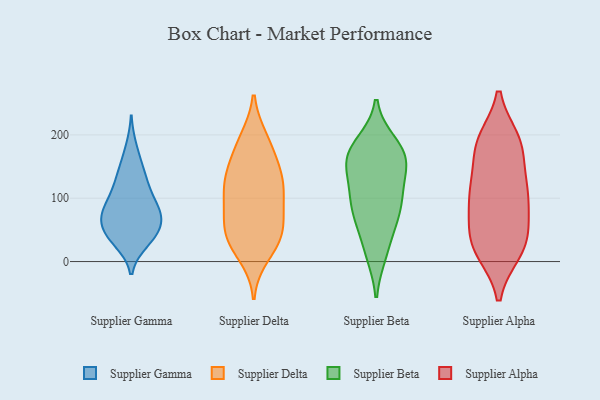
{"axis": {"x": "Headcount", "y": "Value"}, "legend": ["Supplier Alpha", "Supplier Beta", "Supplier Delta", "Supplier Gamma"], "data": [{"x": "", "y": 32, "type": "Supplier Gamma"}, {"x": "", "y": 137, "type": "Supplier Gamma"}, {"x": "", "y": 102, "type": "Supplier Gamma"}, {"x": "", "y": 71, "type": "Supplier Gamma"}, {"x": "", "y": 40, "type": "Supplier Gamma"}, {"x": "", "y": 149, "type": "Supplier Gamma"}, {"x": "", "y": 41, "type": "Supplier Gamma"}, {"x": "", "y": 78, "type": "Supplier Gamma"}, {"x": "", "y": 70, "type": "Supplier Gamma"}, {"x": "", "y": 78, "type": "Supplier Gamma"}, {"x": "", "y": 179, "type": "Supplier Gamma"}, {"x": "", "y": 70, "type": "Supplier Gamma"}, {"x": "", "y": 43, "type": "Supplier Gamma"}, {"x": "", "y": 42, "type": "Supplier Gamma"}, {"x": "", "y": 111, "type": "Supplier Gamma"}, {"x": "", "y": 125, "type": "Supplier Gamma"}, {"x": "", "y": 82, "type": "Supplier Gamma"}, {"x": "", "y": 34, "type": "Supplier Delta"}, {"x": "", "y": 128, "type": "Supplier Delta"}, {"x": "", "y": 134, "type": "Supplier Delta"}, {"x": "", "y": 138, "type": "Supplier Delta"}, {"x": "", "y": 85, "type": "Supplier Delta"}, {"x": "", "y": 193, "type": "Supplier Delta"}, {"x": "", "y": 43, "type": "Supplier Delta"}, {"x": "", "y": 97, "type": "Supplier Delta"}, {"x": "", "y": 76, "type": "Supplier Delta"}, {"x": "", "y": 188, "type": "Supplier Delta"}, {"x": "", "y": 176, "type": "Supplier Delta"}, {"x": "", "y": 38, "type": "Supplier Delta"}, {"x": "", "y": 34, "type": "Supplier Delta"}, {"x": "", "y": 10, "type": "Supplier Delta"}, {"x": "", "y": 114, "type": "Supplier Delta"}, {"x": "", "y": 60, "type": "Supplier Delta"}, {"x": "", "y": 133, "type": "Supplier Delta"}, {"x": "", "y": 160, "type": "Supplier Beta"}, {"x": "", "y": 57, "type": "Supplier Beta"}, {"x": "", "y": 98, "type": "Supplier Beta"}, {"x": "", "y": 70, "type": "Supplier Beta"}, {"x": "", "y": 187, "type": "Supplier Beta"}, {"x": "", "y": 112, "type": "Supplier Beta"}, {"x": "", "y": 66, "type": "Supplier Beta"}, {"x": "", "y": 160, "type": "Supplier Beta"}, {"x": "", "y": 160, "type": "Supplier Beta"}, {"x": "", "y": 187, "type": "Supplier Beta"}, {"x": "", "y": 140, "type": "Supplier Beta"}, {"x": "", "y": 97, "type": "Supplier Beta"}, {"x": "", "y": 14, "type": "Supplier Beta"}, {"x": "", "y": 166, "type": "Supplier Beta"}, {"x": "", "y": 101, "type": "Supplier Beta"}, {"x": "", "y": 163, "type": "Supplier Beta"}, {"x": "", "y": 12, "type": "Supplier Beta"}, {"x": "", "y": 179, "type": "Supplier Alpha"}, {"x": "", "y": 121, "type": "Supplier Alpha"}, {"x": "", "y": 191, "type": "Supplier Alpha"}, {"x": "", "y": 16, "type": "Supplier Alpha"}, {"x": "", "y": 129, "type": "Supplier Alpha"}, {"x": "", "y": 49, "type": "Supplier Alpha"}, {"x": "", "y": 20, "type": "Supplier Alpha"}, {"x": "", "y": 96, "type": "Supplier Alpha"}, {"x": "", "y": 22, "type": "Supplier Alpha"}, {"x": "", "y": 98, "type": "Supplier Alpha"}, {"x": "", "y": 111, "type": "Supplier Alpha"}, {"x": "", "y": 190, "type": "Supplier Alpha"}, {"x": "", "y": 104, "type": "Supplier Alpha"}, {"x": "", "y": 48, "type": "Supplier Alpha"}, {"x": "", "y": 17, "type": "Supplier Alpha"}, {"x": "", "y": 178, "type": "Supplier Alpha"}, {"x": "", "y": 57, "type": "Supplier Alpha"}, {"x": "", "y": 191, "type": "Supplier Alpha"}]}